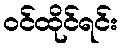
ဝင်ထိုင်ရင်း